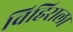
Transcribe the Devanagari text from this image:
विहिराला